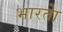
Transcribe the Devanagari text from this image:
भारताे